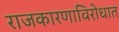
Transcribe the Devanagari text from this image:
राजकारणाविरोधात